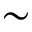
\sim